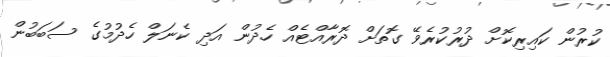
ކުރުން ކައިރިކޮށް ދުރުކުރެވޭ ގޮތަށް ދޮރާއްޓެއް ހެދުން އަދި ކެނަލް ހެދުމުގެ ސަބަބުން